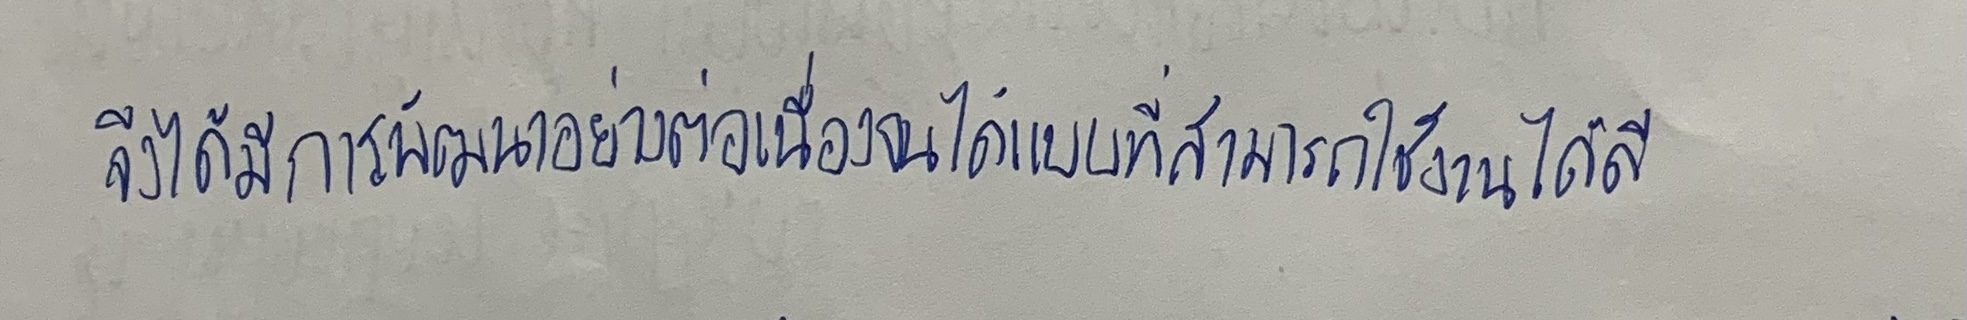
จึงได้มีการพัฒนาอย่างต่อเนื่องจนได้แบบที่สามารถใช้งานได้ดี